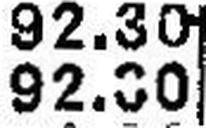
92.30